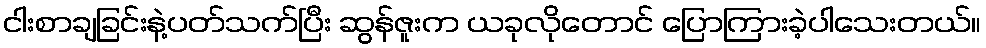
ငါးစာချခြင်းနဲ့ပတ်သက်ပြီး ဆွန်ဇူးက ယခုလိုတောင် ပြောကြားခဲ့ပါသေးတယ်။